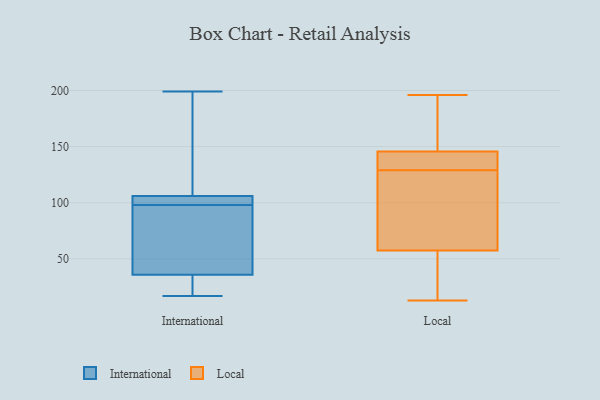
{"axis": {"x": "Population (Million)", "y": "Value"}, "legend": ["International", "Local"], "data": [{"x": "", "y": 17, "type": "International"}, {"x": "", "y": 199, "type": "International"}, {"x": "", "y": 103, "type": "International"}, {"x": "", "y": 31, "type": "International"}, {"x": "", "y": 134, "type": "International"}, {"x": "", "y": 24, "type": "International"}, {"x": "", "y": 102, "type": "International"}, {"x": "", "y": 98, "type": "International"}, {"x": "", "y": 18, "type": "International"}, {"x": "", "y": 103, "type": "International"}, {"x": "", "y": 175, "type": "International"}, {"x": "", "y": 107, "type": "International"}, {"x": "", "y": 76, "type": "International"}, {"x": "", "y": 132, "type": "International"}, {"x": "", "y": 103, "type": "International"}, {"x": "", "y": 29, "type": "International"}, {"x": "", "y": 71, "type": "International"}, {"x": "", "y": 50, "type": "International"}, {"x": "", "y": 65, "type": "International"}, {"x": "", "y": 72, "type": "Local"}, {"x": "", "y": 38, "type": "Local"}, {"x": "", "y": 39, "type": "Local"}, {"x": "", "y": 157, "type": "Local"}, {"x": "", "y": 83, "type": "Local"}, {"x": "", "y": 141, "type": "Local"}, {"x": "", "y": 56, "type": "Local"}, {"x": "", "y": 129, "type": "Local"}, {"x": "", "y": 65, "type": "Local"}, {"x": "", "y": 129, "type": "Local"}, {"x": "", "y": 58, "type": "Local"}, {"x": "", "y": 13, "type": "Local"}, {"x": "", "y": 196, "type": "Local"}, {"x": "", "y": 142, "type": "Local"}, {"x": "", "y": 173, "type": "Local"}, {"x": "", "y": 141, "type": "Local"}, {"x": "", "y": 189, "type": "Local"}]}